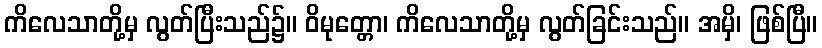
ကိလေသာတို့မှ လွတ်ပြီးသည်၌။ ဝိမုတ္တော၊ ကိလေသာတို့မှ လွတ်ခြင်းသည်။ အမှိ၊ ဖြစ်ပြီ။